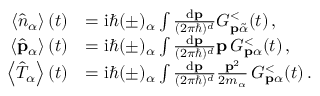
\begin{array} { r l } { \left\langle \hat { n } _ { \alpha } \right\rangle ( t ) } & { = \mathrm { i } \hbar ( \pm ) _ { \alpha } \int \frac { \mathrm { d } \mathbf { p } } { ( 2 \pi \hbar ) ^ { d } } G _ { \mathbf { p } \tilde { \alpha } } ^ { < } ( t ) \, , } \\ { \left\langle \hat { \mathbf { p } } _ { \alpha } \right\rangle ( t ) } & { = \mathrm { i } \hbar ( \pm ) _ { \alpha } \int \frac { \mathrm { d } \mathbf { p } } { ( 2 \pi \hbar ) ^ { d } } \mathbf { p } \, G _ { \mathbf { p } \alpha } ^ { < } ( t ) \, , } \\ { \left\langle \hat { T } _ { \alpha } \right\rangle ( t ) } & { = \mathrm { i } \hbar ( \pm ) _ { \alpha } \int \frac { \mathrm { d } \mathbf { p } } { ( 2 \pi \hbar ) ^ { d } } \frac { \mathbf { p } ^ { 2 } } { 2 m _ { \alpha } } \, G _ { \mathbf { p } \alpha } ^ { < } ( t ) \, . } \end{array}